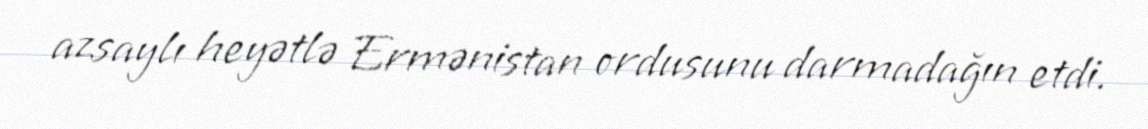
azsaylı heyətlə Ermənistan ordusunu darmadağın etdi.